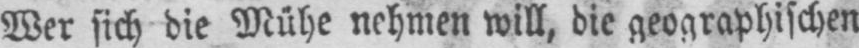
Wer sich die Mühe nehmen will, die geographischen